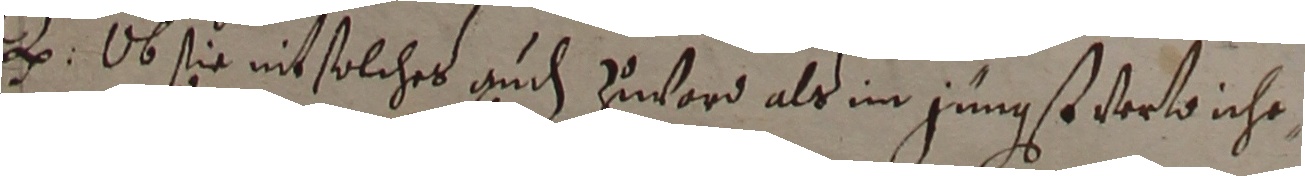
e. Ob sie nit solches auch zword als im jüngst verwoiche,